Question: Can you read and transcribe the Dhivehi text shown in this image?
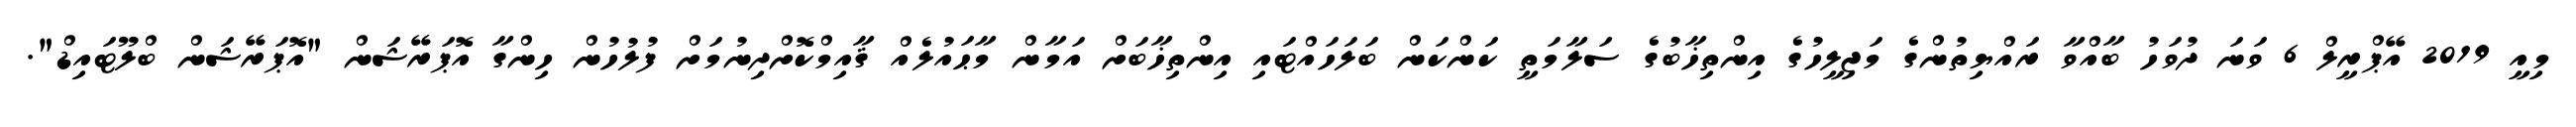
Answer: މިއީ 2019 އޭޕްރީލް 6 ވަނަ ދުވަހު ބާއްވާ ރައްޔިތުންގެ މަޖިލީހުގެ އިންތިޚާބުގެ ސަލާމަތީ ކަންކަން ބަލަހައްޓައި އިންތިޚާބަށް އަމާން މާޙައުލެއް ޤާއިމްކޮށްދިނުމަށް ފުލުހުން ހިންގާ އޮޕަރޭޝަން "އޮޕަރޭޝަން ބްލޫޓައިޑް".